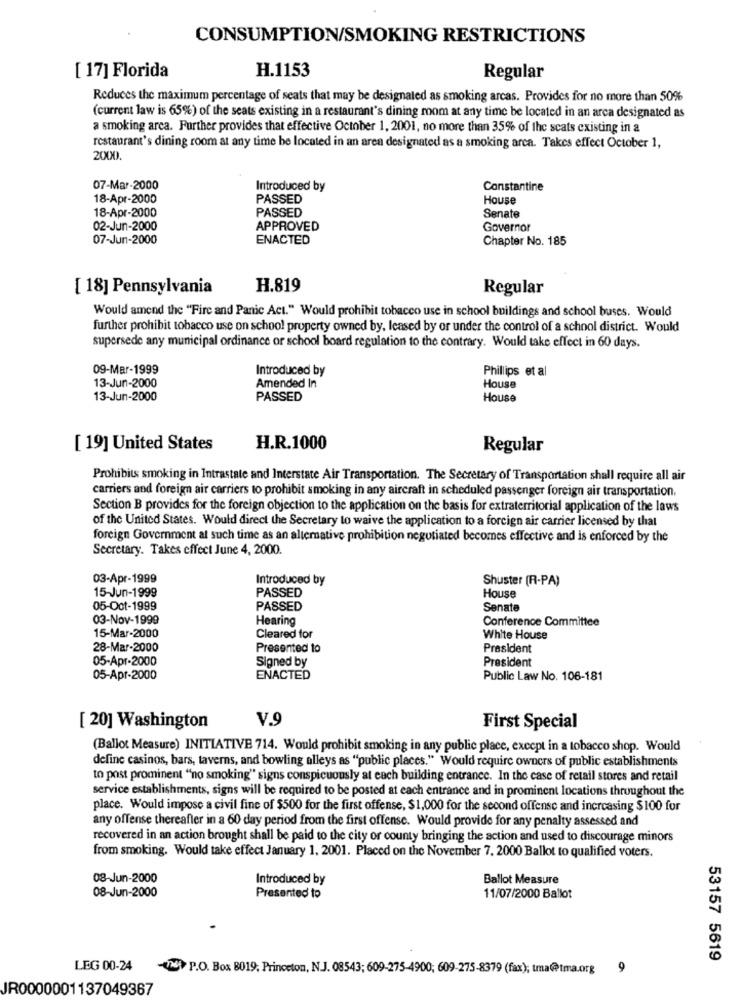
CONSUMPTION/SMOKING RESTRICTIONS
H.1153
[ 17] Florida
Regular
Reduces the maximum percentage of seats that may be designated as smoking arcas. Provides for no more than 50%
(current law is 65%) of the seats existing in a restaurant's dining mom at any time be located in an arca designated as
a smoking area. Further provides that effective October 1, 2001, no more than 35% of the scats existing in a
restaurant's dining room at any time be located in an aren designated as a smoking arca. Takes effect October 1,
2000.
07-Mar-2000
Introduced by
Constantine
18-Apr-2000
PASSED
House
18-Apr-2000
PASSED
Senate
02-Jun-2000
APPROVED
Governor
07-Jun-2000
ENACTED
Chapter No. 185
[ 18] Pennsylvania
H.819
Regular
Would amend the "Fire and Panic Act." Would prohibit tobacco use in school buildings and school buses. Would
further prohibit tobacco use on school property owned by, leased by or under the control of a school district. Would
supersede any municipal ordinance or school board regulation to the contrary. Would take effect in 60 days.
09-Mar-1999
Introduced by
Phillips et al
13-Jun-2000
Amended In
House
13-Jun-2000
PASSED
House
[ 19] United States
H.R.1000
Regular
Prohibits smoking in Intrastate and Interstate Air Transportation. The Secretary of Transportation shall require all air
carriers and foreign air carriers to prohibit smoking in any aircraft in scheduled passenger foreign air transportation.
Section B provides for the foreign objection to the application on the basis for extraterritorial application of the laws
of the United States. Would direct the Secretary to waive the application to a foreign air carrier licensed by that
foreign Government al such time as an alternative prohibition negotiated becomes effective and is enforced by the
Secretary. Takes effect June 4, 2000.
03-Apr-1999
Introduced by
Shuster (R-PA)
15-Jun-1999
PASSED
House
05-Oct-1999
PASSED
Senate
03-Nov-1999
Hearing
Conference Committee
15-Mar-2000
Cleared for
White House
28-Mar-2000
Presented to
President
05-Apr-2000
Signed by
President
05-Apr-2000
ENACTED
Public Law No. 106-181
V.9
[ 20] Washington
First Special
(Ballot Measure) INITIATIVE 714. Would prohibit smoking in any public place, except in a tobacco shop. Would
define casinos, bars, taverns, and bowling alleys as "public places." Would require owners of public establishments
to post prominent "no smoking" signs conspicuously at each building entrance. In the case of retail stores and retail
service establishments, signs will be required to be posted at each entrance and in prominent locations throughout the
place. Would impose a civil fine of $500 for the first offense, $1,000 for the second offense and increasing $100 for
any offense thereafter in a 60 day period from the first offense. Would provide for any penalty assessed and
recovered in an action brought shall be paid to the city or county bringing the action and used to discourage minors
from smoking. Would take effect January 1, 2001. Placed on the November 7. 2000 Ballot to qualified voters.
08-Jun-2000
Introduced by
Ballot Measure
08-Jun-2000
Presented to
11/07/2000 Ballot
53157 5619
LEG 00-24
-16 P.O. Box 8019, Princeton, N.J. 08543; 609-275-4900; 609-275-8379 (fax); tma@tma.org9
JR0000001137049367